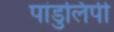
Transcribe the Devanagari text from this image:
पांडुलिपी